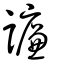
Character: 譧